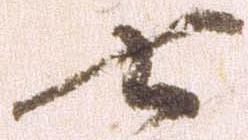
七